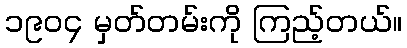
၁၉၀၄ မှတ်တမ်းကို ကြည့်တယ်။